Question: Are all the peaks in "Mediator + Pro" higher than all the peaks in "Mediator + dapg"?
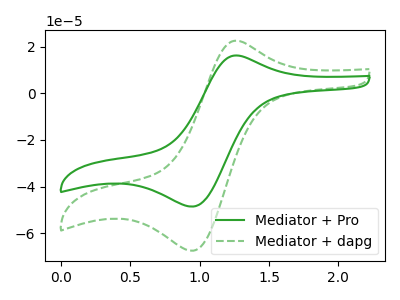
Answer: <think>The green curve "Mediator + Pro" has an anodic peak at (1.30V, 16.15uA) and a cathodic peak at (0.95V, -48.55uA). The green dashed curve "Mediator + dapg" has an anodic peak at (1.30V, 22.40uA) and a cathodic peak at (0.95V, -67.45uA).</think>
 <answer>Every peak in "Mediator + Pro" is lower than every peak in "Mediator + dapg".</answer>
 <eval>lower</eval>